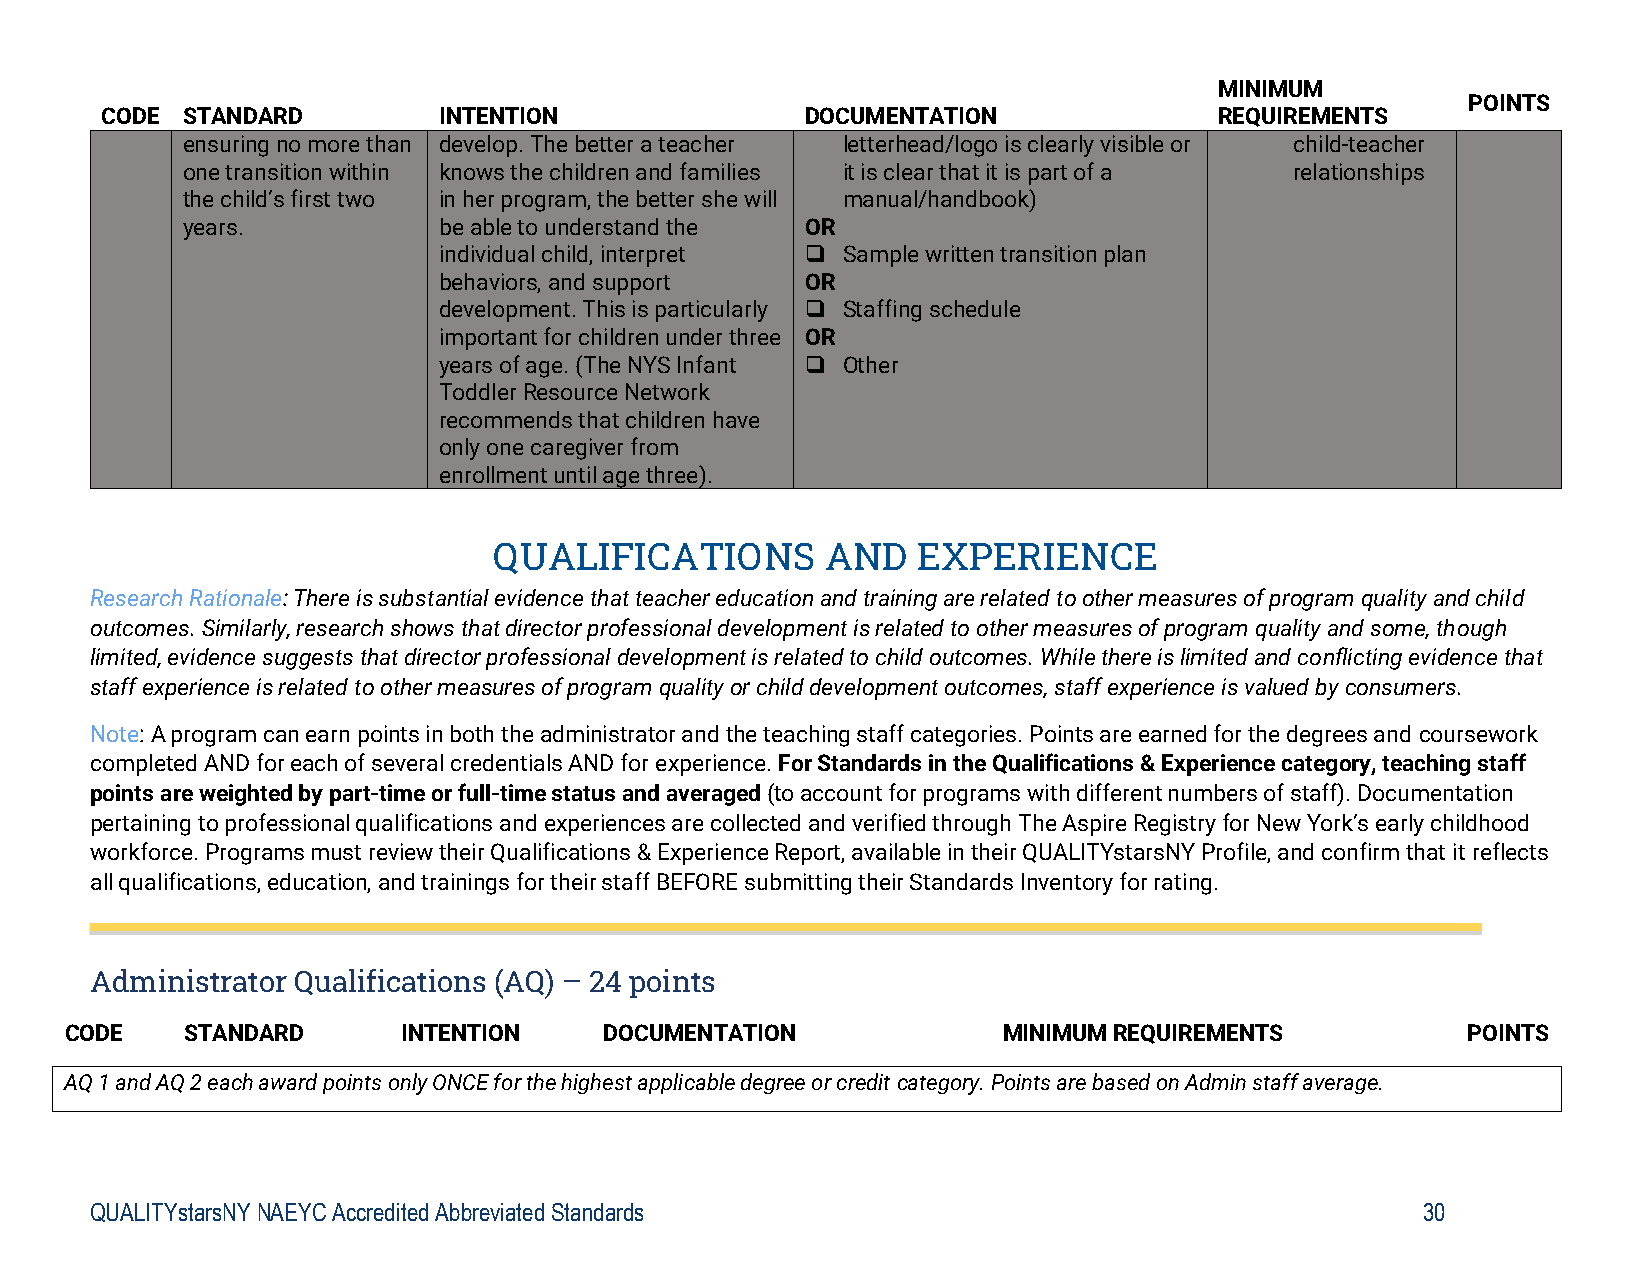
MINIMUM
 POINTS
 CODE STANDARD         INTENTION               DOCUMENTATION               REQUIREMENTS
 ensuring no more than develop. The better a teacher letterhead/logo is clearly visible or child-teacher
 one transition within knows the children and families it is clear that it is part of a relationships
 the child’s first two in her program, the better she will manual/handbook)
 years.           be able to understand the OR
 individual child, interpret  Sample written transition plan
 behaviors, and support  OR
 development. This is particularly  Staffing schedule
 important for children under three OR
 years of age. (The NYS Infant  Other
 Toddler Resource Network
 recommends that children have
 only one caregiver from
 enrollment until age three).
 QUALIFICATIONS        AND   EXPERIENCE
 Research Rationale: There is substantial evidence that teacher education and training are related to other measures of program quality and child
 outcomes. Similarly, research shows that director professional development is related to other measures of program quality and some, though
 limited, evidence suggests that director professional development is related to child outcomes. While there is limited and conflicting evidence that
 staff experience is related to other measures of program quality or child development outcomes, staff experience is valued by consumers.
 Note: A program can earn points in both the administrator and the teaching staff categories. Points are earned for the degrees and coursework
 completed AND for each of several credentials AND for experience. For Standards in the Qualifications & Experience category, teaching staff
 points are weighted by part-time or full-time status and averaged (to account for programs with different numbers of staff). Documentation
 pertaining to professional qualifications and experiences are collected and verified through The Aspire Registry for New York’s early childhood
 workforce. Programs must review their Qualifications & Experience Report, available in their QUALITYstarsNY Profile, and confirm that it reflects
 all qualifications, education, and trainings for their staff BEFORE submitting their Standards Inventory for rating.
 Administrator Qualifications (AQ) – 24 points
 CODE    STANDARD       INTENTION    DOCUMENTATION             MINIMUM REQUIREMENTS           POINTS
 AQ 1 and AQ 2 each award points only ONCE for the highest applicable degree or credit category. Points are based on Admin staff average.
 QUALITYstarsNY NAEYC Accredited Abbreviated Standards                                   30